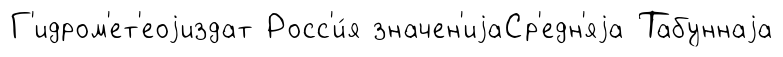
Г'идром'ет'еоjиздат Росс'и́я значен'иjаСр'едн'яjа Табуннаjа